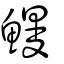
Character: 鰻